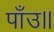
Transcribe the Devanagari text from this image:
पाँउ॥